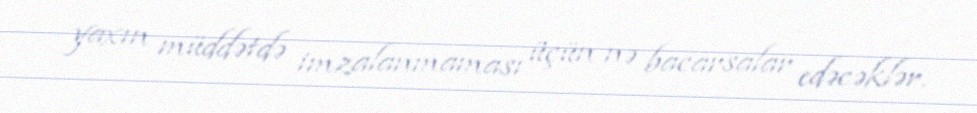
yaxın müddətdə imzalanmaması üçün nə bacarsalar edəcəklər.